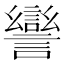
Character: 𧬾